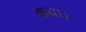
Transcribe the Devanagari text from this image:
कया।